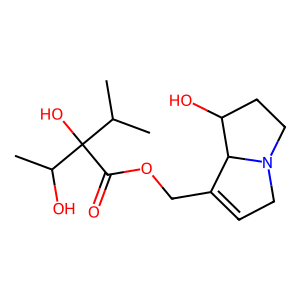
SMILES: CC(C)C(O)(C(=O)OCC1=CCN2CCC(O)C12)C(C)O
Inhibits HIV replication: No